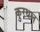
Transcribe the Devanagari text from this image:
कुरथल